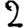
Digit: 2